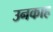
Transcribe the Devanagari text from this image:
उनकाह